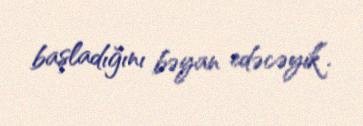
başladığını bəyan edəcəyik”.